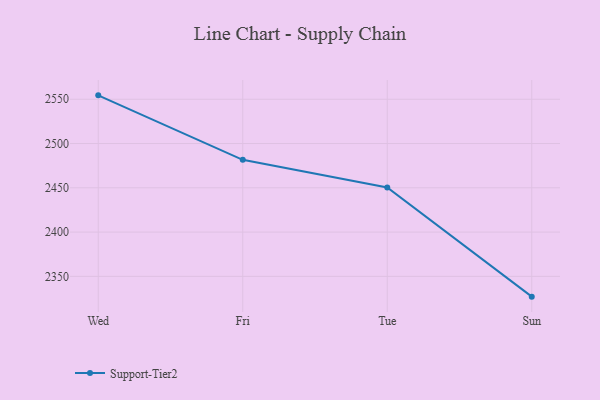
{"axis": {"x": "Day", "y": "Operating Costs (USD K)"}, "legend": ["Support-Tier2"], "data": [{"x": "Wed", "y": 2554.4, "type": "Support-Tier2"}, {"x": "Fri", "y": 2481.6, "type": "Support-Tier2"}, {"x": "Tue", "y": 2450.3, "type": "Support-Tier2"}, {"x": "Sun", "y": 2327.1, "type": "Support-Tier2"}]}